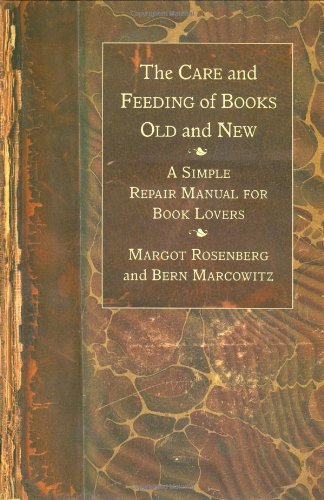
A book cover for The Care and Feeding of Books Old and New: A Simple Repair Manual for Book Lovers; Margot Rosenberg; Crafts, Hobbies & Home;